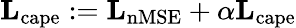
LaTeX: \mathbf{L}_{\mathrm{cape}}:=\mathbf{L}_{\mathrm{nMSE}}+\alpha\mathbf{L}_{\mathrm{cape}}